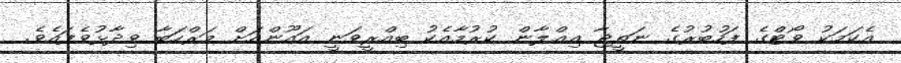
އެކަމަކު ވޯޓްގެ ފަހުބުރުގެ ނަތީޖާ އިޢްލާން ކުރުމާއެކު ބިއްރީވަނީ އައޫންއަށް މަރްހަބާ ވިދާޅުވެފައެވެ.